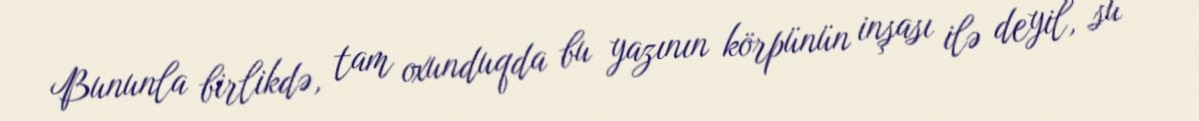
Bununla birlikdə, tam oxunduqda bu yazının körpünün inşası ilə deyil, su